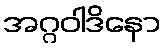
အဂ္ဂဝါဒိနော